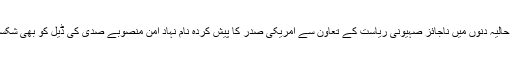
انہوں نے کہا کہ حالیہ دنوں میں ناجائز صہیونی ریاست کے تعاون سے امریکی صدر کا پیش کردہ نام نہاد امن منصوبے صدی کی ڈیل کو بھی شکست کا سامنا ہوگا۔